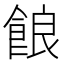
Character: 𩛡